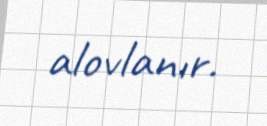
alovlanır.